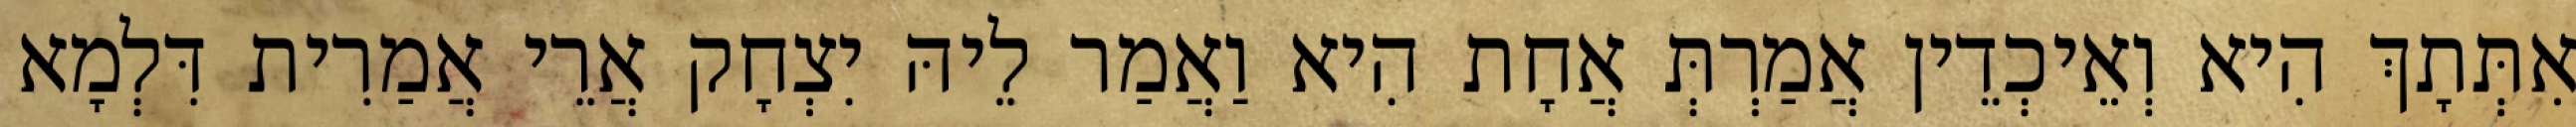
אִתְּתָךְ הִיא וְאֵיכְדֵין אֲמַרְתְּ אֲחָת הִיא וַאֲמַר לֵיהּ יִצְחָק אֲרֵי אֲמַרִית דִּלְמָא